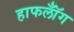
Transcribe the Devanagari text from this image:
हाफलॉँग